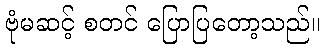
ဗုံမဆင့် စတင် ပြောပြတော့သည်။